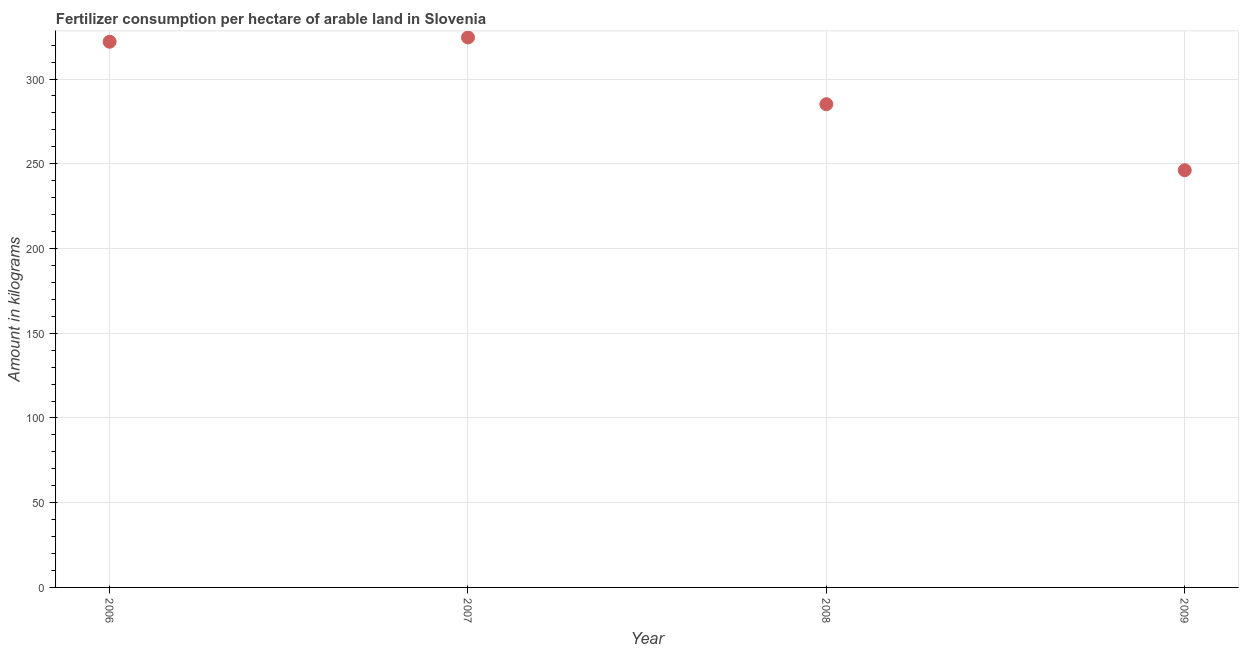
| Year | Fertilizer consumption |
 | --- | --- |
 | 2006 | 322 |
 | 2007 | 325 |
 | 2008 | 285 |
 | 2009 | 246 |